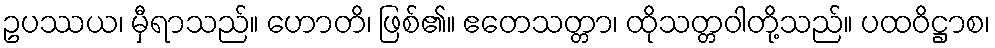
ဥပဿယ၊ မှီရာသည်။ ဟောတိ၊ ဖြစ်၏။ ဧတေသတ္တာ၊ ထိုသတ္တဝါတို့သည်။ ပထဝိဋ္ဌာစ၊